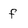
Character: f